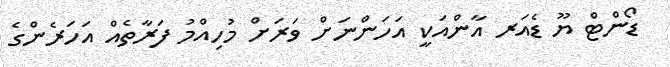
ޑޯންޓް ޔޫ ޑެއަރ އާންއަކީ އަހަންނަށް ވަރަށް މުހިއްމު ފަރާތެއް އަހަރެންގެ